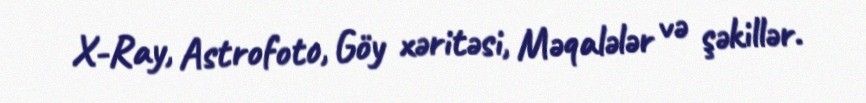
X-Ray, Astrofoto, Göy xəritəsi, Məqalələr və şəkillər.